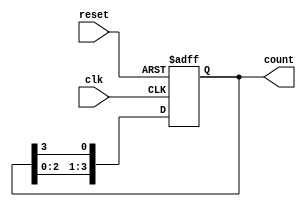
module ring_counter #(parameter N = 4) (
    input wire clk,          // Clock input
    input wire reset,        // Asynchronous reset
    output reg [N-1:0] count // Output representing the state of the counter
);

    // Initialize the counter to the first state on reset
    always @(posedge clk or posedge reset) begin
        if (reset) begin
            count <= 1'b1; // Initialize to 100...0 (only the first stage is high)
        end else begin
            count <= {count[N-2:0], count[N-1]}; // Shift the '1' through the stages
        end
    end

endmodule